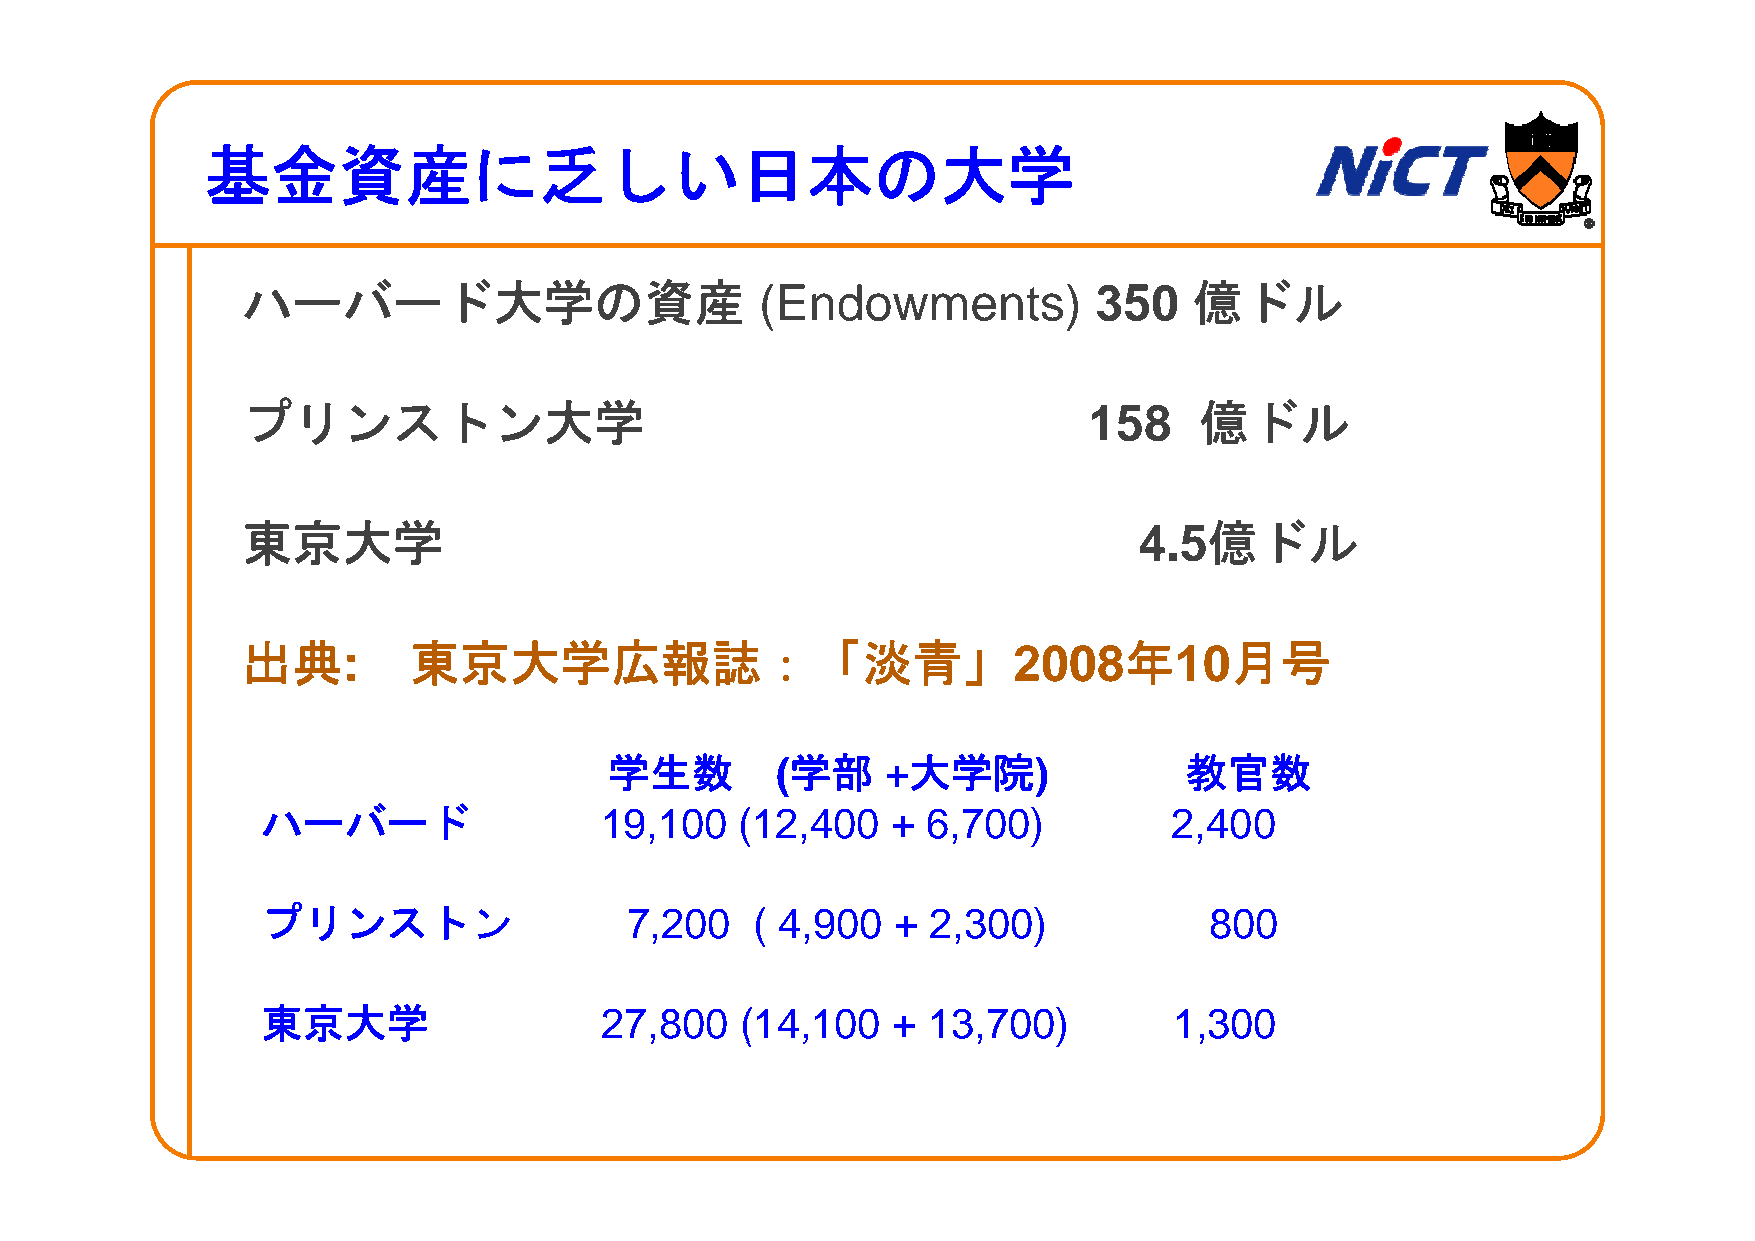
基基金金資資産産にに乏乏ししいい日日本本のの大大学学
 ハーバード大学の資産                        (Endowments)          350    億ドル
 プリンストン大学                                                158    億ドル
 東京大学                                                       4.5億ドル
 出典:        東京大学広報誌：「淡青」2008年10月号
 学学生生数数     ((学学部部  +大大学学院院))          教教官官数数
 ハーバード                  19,100   (12,400   + 6,700)           2,400
 プリンストン                  7,200    ( 4,900  +  2,300)            800
 東京大学                   27,,800  ((14,,100 + 13,,700))        1,,300